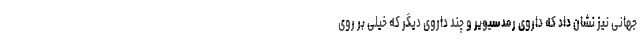
جهانی نیز نشان داد که داروی رمدسیویر و چند داروی دیگر که خیلی بر روی